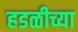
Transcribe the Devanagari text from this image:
हडळीच्या